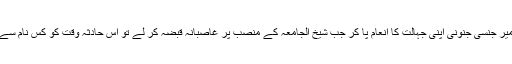
ایسا بے غیرت،بے ضمیر جنسی جنونی اپنی جہالت کا انعام پا کر جب شیخ الجامعہ کے منصب پر غاصبانہ قبضہ کر لے تو اس حادثہ وقت کو کس نام سے تعبیر کیا جا سکتا ہے۔